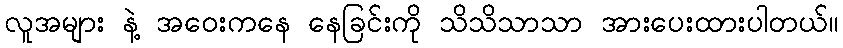
လူအများ နဲ့ အဝေးကနေ နေခြင်းကို သိသိသာသာ အားပေးထားပါတယ်။